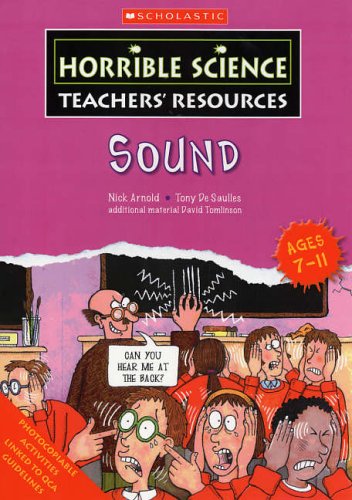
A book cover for Sound (Horrible Science Teachers' Resources); David Tomlinson; Children's Books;